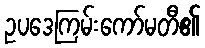
ဥပဒေကြမ်းကော်မတီ၏